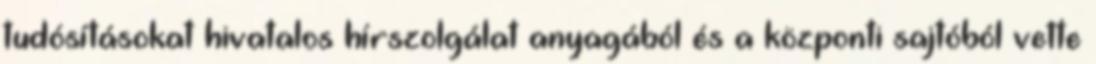
tudósításokat hivatalos hírszolgálat anyagából és a központi sajtóból vette